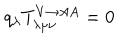
LaTeX: q _ { \lambda } T _ { \lambda \mu \nu } ^ { V \rightarrow A A } = 0